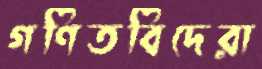
গণিতবিদেরা